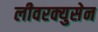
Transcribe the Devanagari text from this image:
लीवरक्युसेन